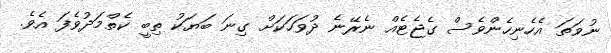
ނުވަތަ އެހެނިހެންވެސް ގެޖެޓެއް ނެރޭނެ ދުވަހަކަށް ގިނަ ބަޔަކު ތިބީ ކެތްމަދުވެފަ އެވެ.